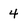
Character: 4